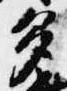
多